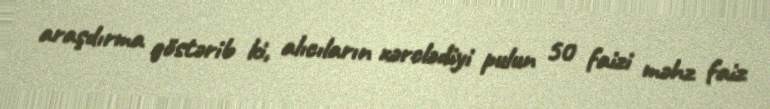
araşdırma göstərib ki, alıcıların xərclədiyi pulun 50 faizi məhz faiz